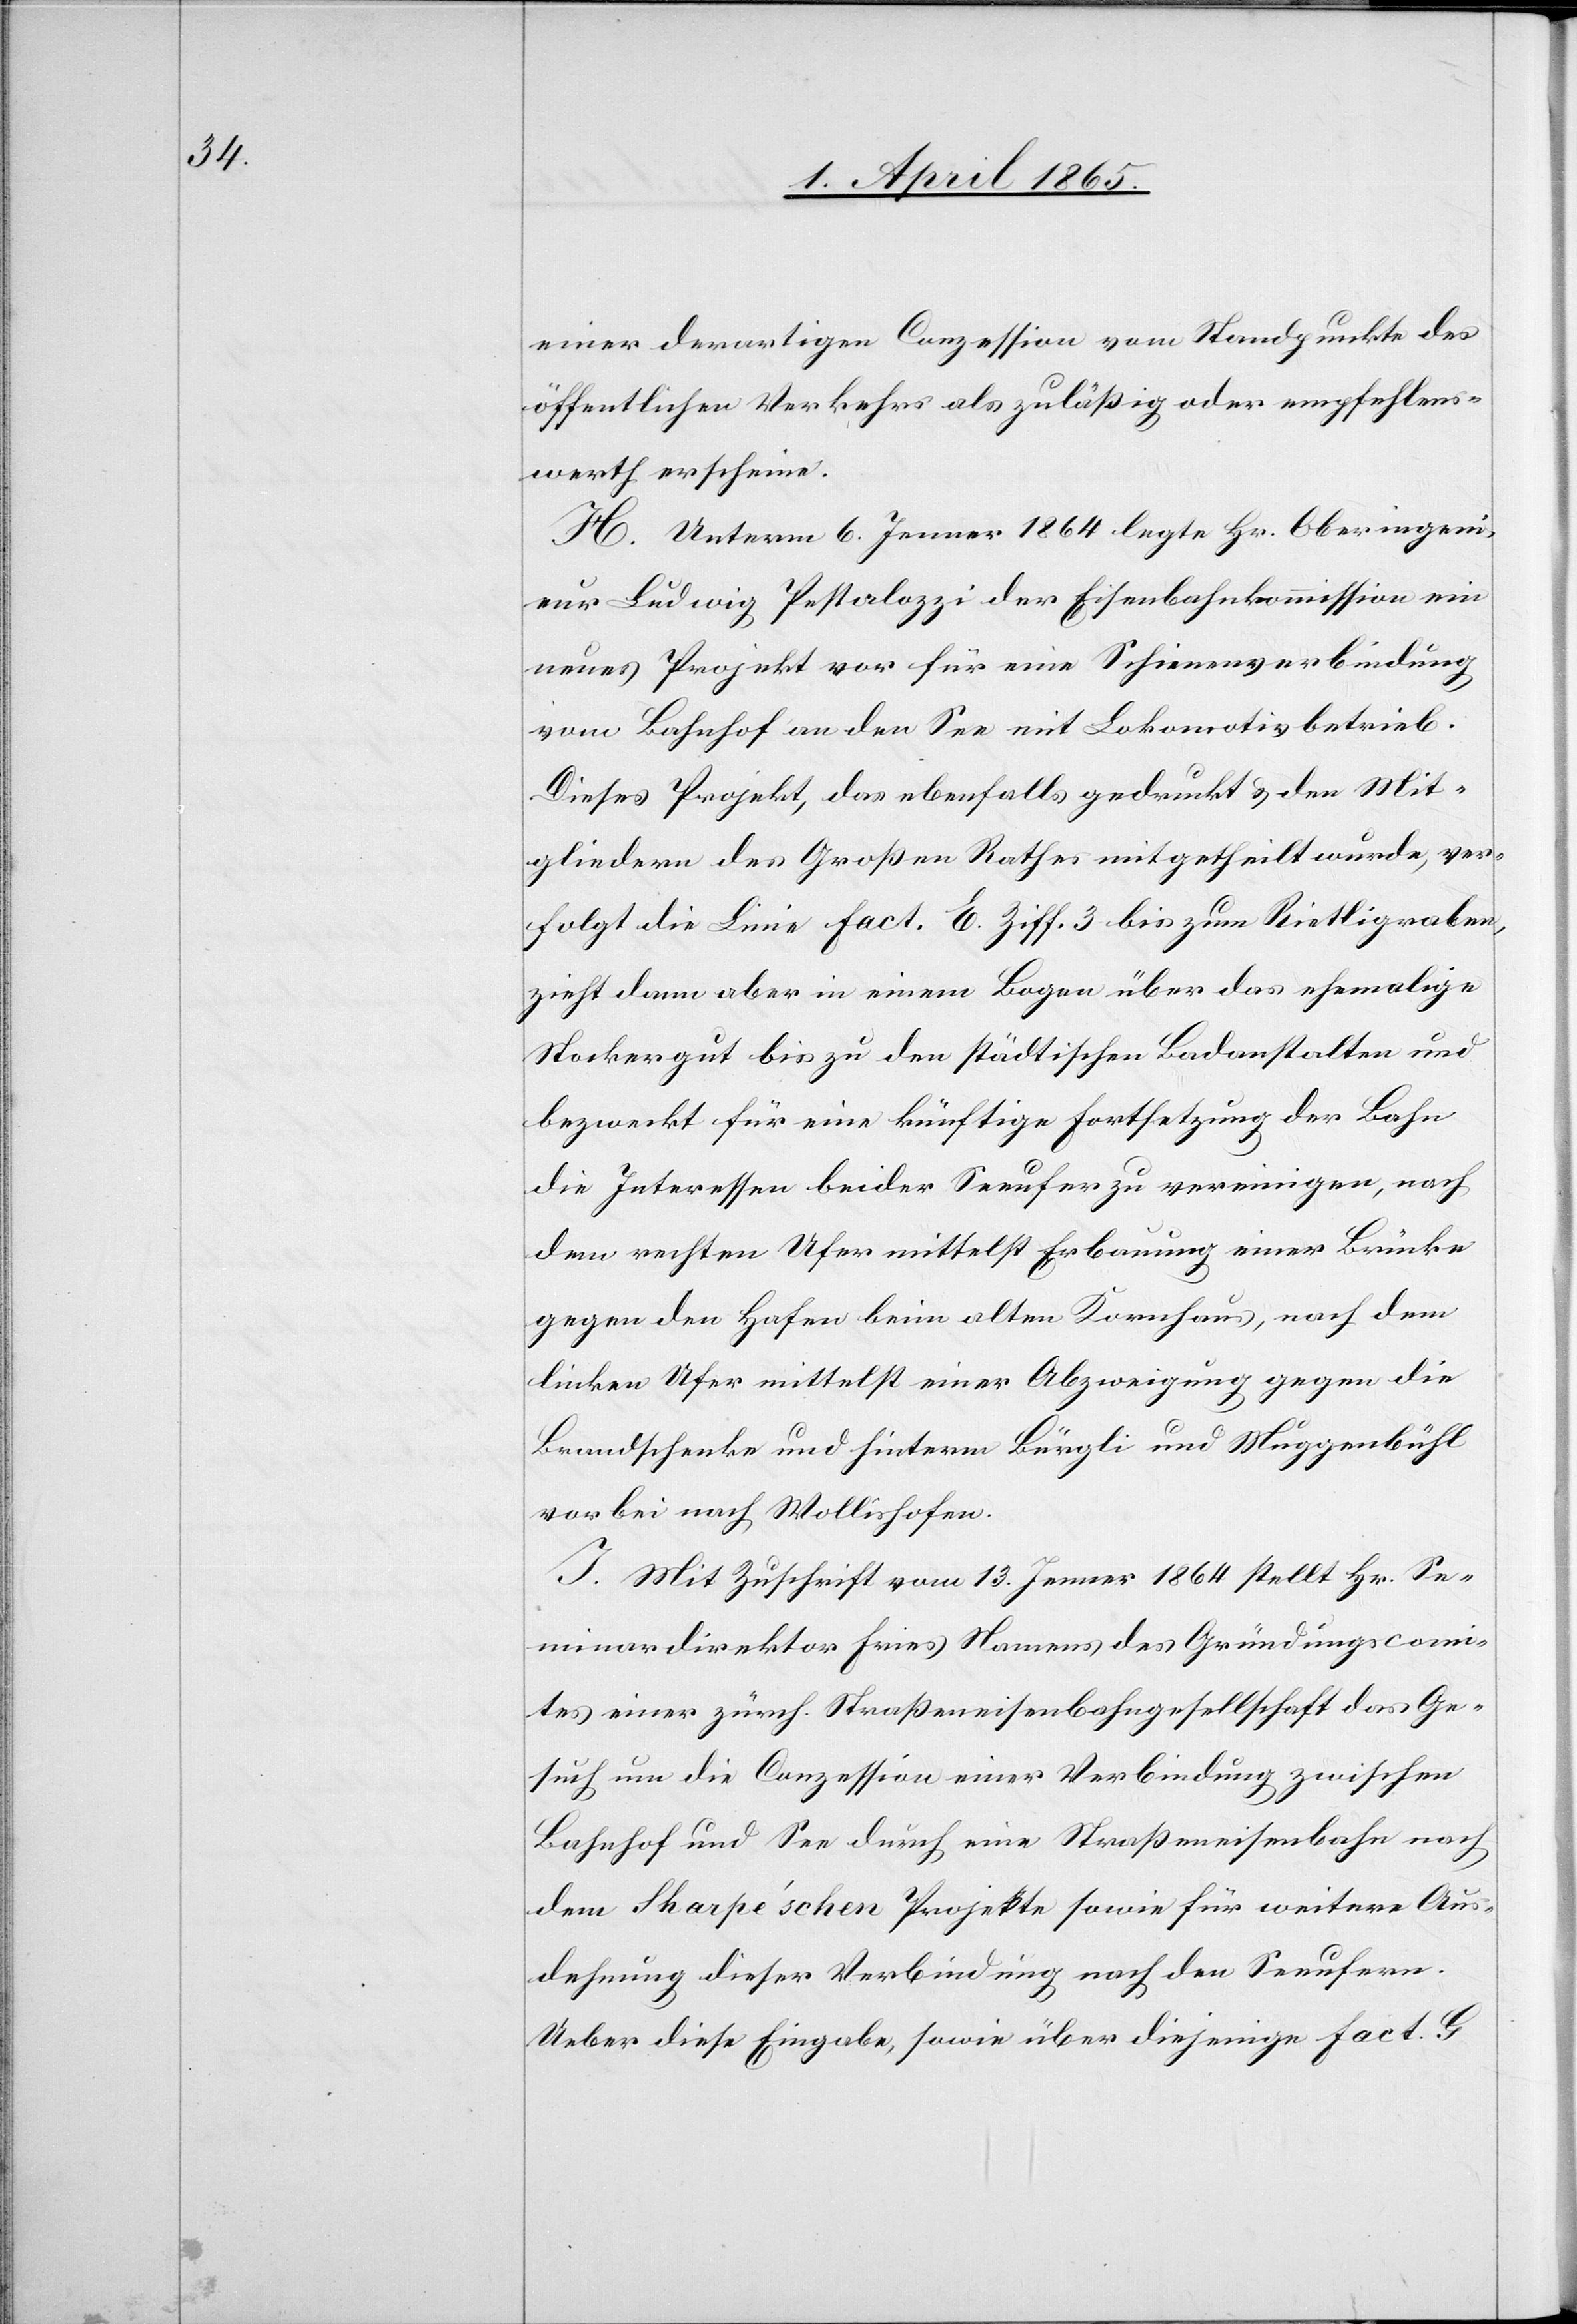
einer derartigen Conzession vom Standpunkte des
öffentlichen Verkehrs als zuläßig oder empfehlens¬
werth erscheine.
H. Unterm 6. Jenner 1864 legte Hr. Oberingeni¬
eur Ludwig Pestalozzi der Eisenbahnkommission ein
neues Projekt vor für eine Schienenverbindung
vom Bahnhof an den See mit Lokomotivbetrieb.
Dieses Projekt, das ebenfalls gedruckt & den Mit¬
gliedern des Großen Rathes mitgetheilt wurde, ver¬
folgt die Linie Fact. E. Ziff. 3 bis zum Rietligraben,
zieht dann aber in einem Bogen über das ehemalige
Stockergut bis zu den städtischen Badanstalten und
bezweckt für eine künftige Fortsetzung der Bahn
die Interessen beider Seeufer zu vereinigen, nach
dem rechten Ufer mittelst Erbauung einer Brücke
gegen den Hafen beim alten Kornhaus, nach dem
linken Ufer mittelst einer Abzweigung gegen die
Barndschenke und hinterm Bürgli und Muggenbühl
vorbei nach Wollishofen.
J. Mit Zuschrift vom 13. Jenner 1864 stellt Hr. Se¬
minardirektor Fries Namens des Gründungscomi¬
tes einer zürch. Straßeneisenbahngesellschaft das Ge¬
such um die Conzession einer Verbindung zwischen
Bahnhof und See durch eine Straßeneisenbahn nach
dem Sharpe’schen Projekte sowie für weitere Aus¬
dehnung dieser Verbindung nach den Seeufern.
Ueber diese Eingabe, sowie über diejenige Fact. G